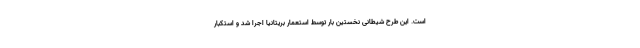
است. این طرح شیطانی نخستین بار توسط استعمار بریتانیا اجرا شد و استکبار